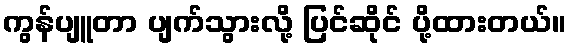
ကွန်ပျူတာ ပျက်သွားလို့ ပြင်ဆိုင် ပို့ထားတယ်။